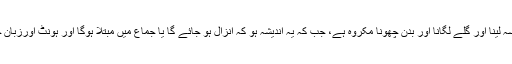
روزے کی حالت میں بیو ی کا بوسہ لینا اور گلے لگانا اور بدن چھونا مکروہ ہے، جب کہ یہ اندیشہ ہو کہ انزال ہو جائے گا یا جماع میں مبتلا ہوگا اور ہونٹ اورزبان چوسنا روزہ میں مطلقاً مکروہ ہے۔